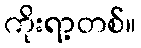
ကိုးရာ့တစ်။